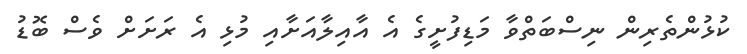
ކުޅުންތެރިން ނިސްބަތްވާ މަޑިފުށީގެ އެ އާއިލާއަށާއި މުޅި އެ ރަށަށް ވެސް ބޮޑު